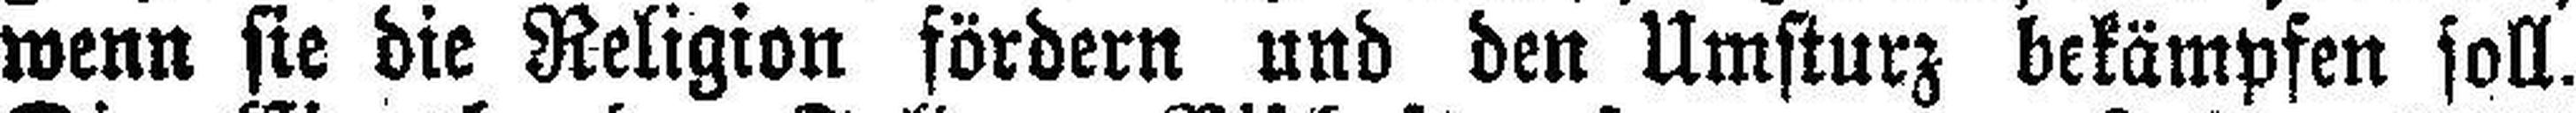
wenn sie die Religion fördern und den Umsturz bekämpfen soll.